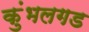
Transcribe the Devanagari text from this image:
कुंभलगड